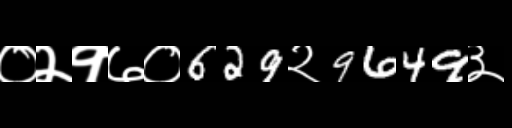
Text: ०२१७०629२9649३